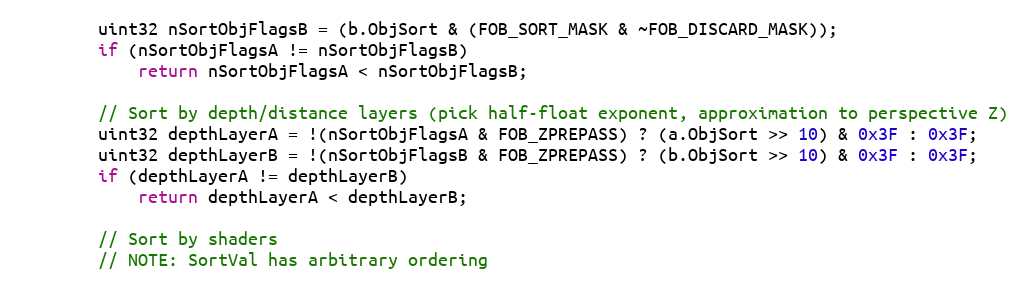
Language: C++
		uint32 nSortObjFlagsB = (b.ObjSort & (FOB_SORT_MASK & ~FOB_DISCARD_MASK));
		if (nSortObjFlagsA != nSortObjFlagsB)
			return nSortObjFlagsA < nSortObjFlagsB;

		// Sort by depth/distance layers (pick half-float exponent, approximation to perspective Z)
		uint32 depthLayerA = !(nSortObjFlagsA & FOB_ZPREPASS) ? (a.ObjSort >> 10) & 0x3F : 0x3F;
		uint32 depthLayerB = !(nSortObjFlagsB & FOB_ZPREPASS) ? (b.ObjSort >> 10) & 0x3F : 0x3F;
		if (depthLayerA != depthLayerB)
			return depthLayerA < depthLayerB;

		// Sort by shaders
		// NOTE: SortVal has arbitrary ordering